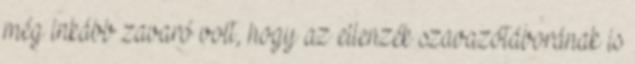
még inkább zavaró volt, hogy az ellenzék szavazótáborának is